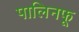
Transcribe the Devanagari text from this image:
पालिनफू